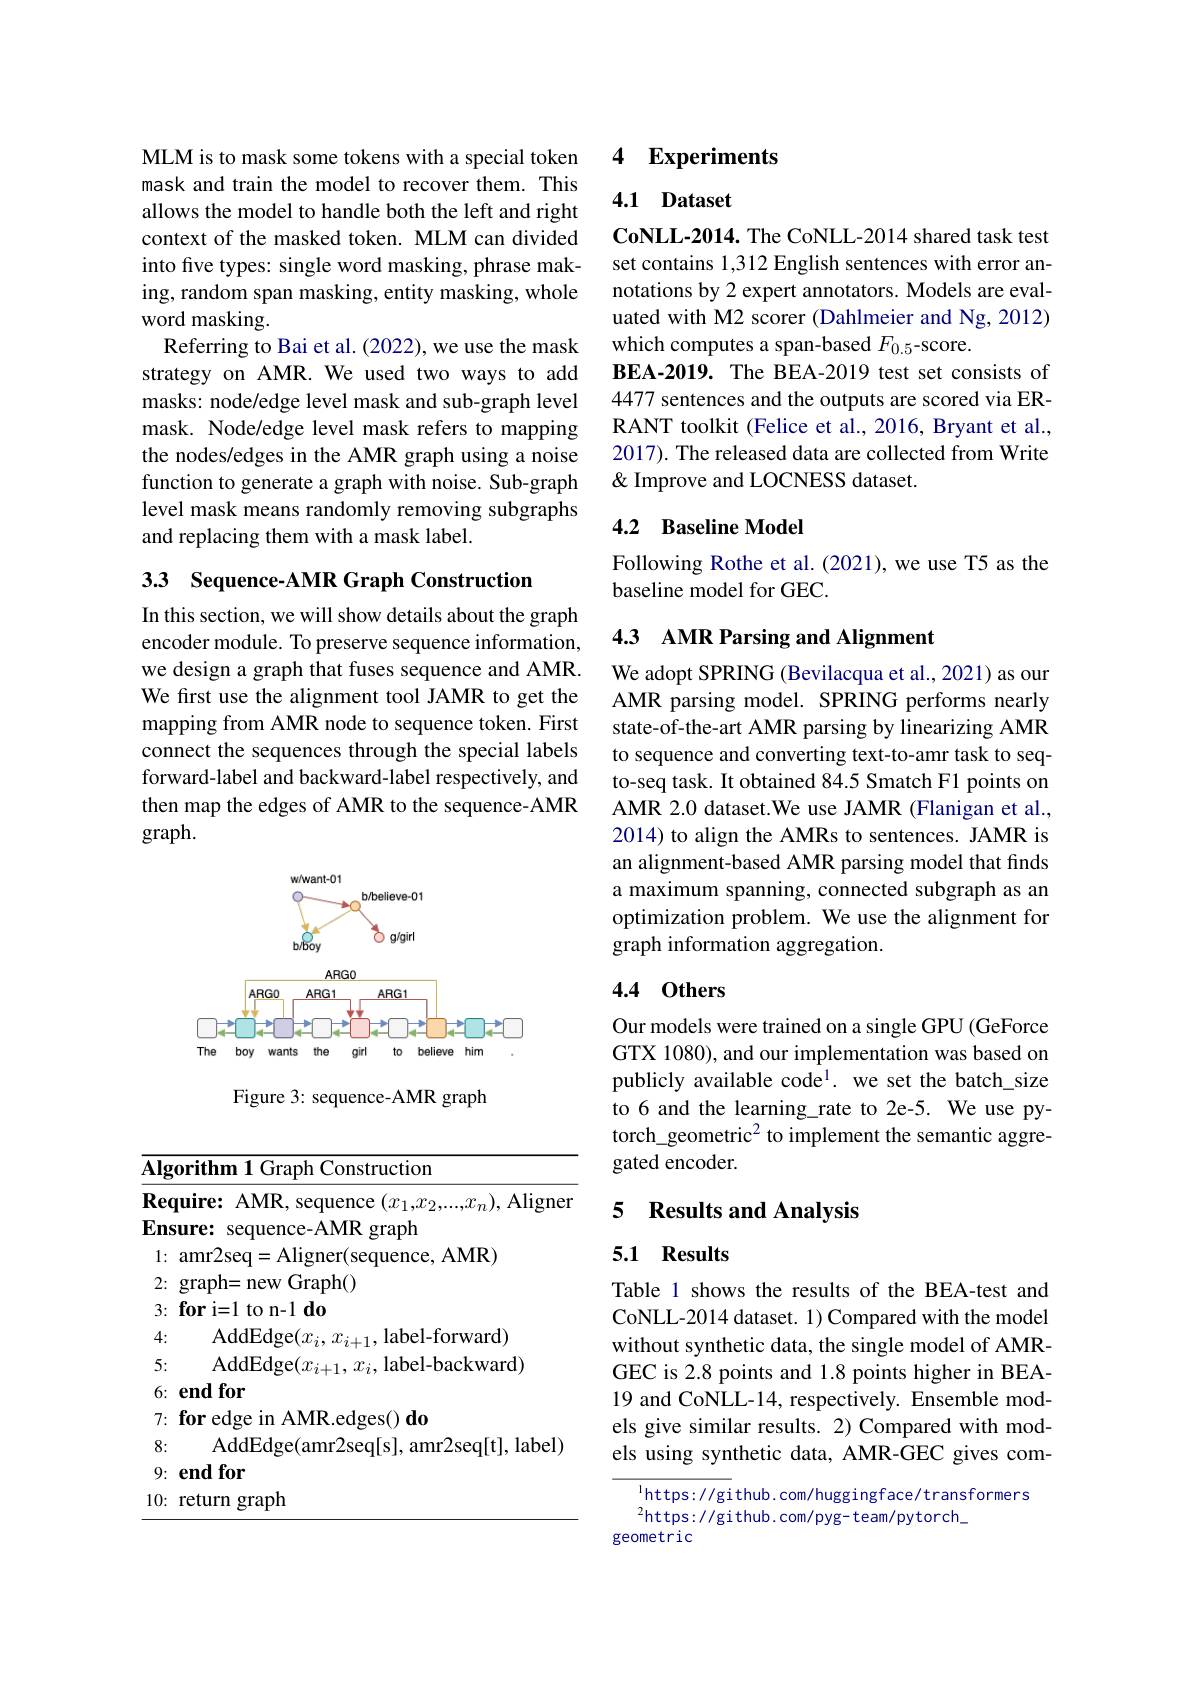
MLM is to mask some tokens with a special token mask and train the model to recover them. This allows the model to handle both the left and right context of the masked token. MLM can divided into five types: single word masking, phrase making, random span masking, entity masking, whole word masking.
Referring to Bai et al. (2022), we use the mask strategy on AMR. We used two ways to add masks: node/edge level mask and sub-graph level mask. Node/edge level mask refers to mapping the nodes/edges in the AMR graph using a noise function to generate a graph with noise. Sub-graph level mask means randomly removing subgraphs and replacing them with a mask label.

33 Sequence-AMR Graph Construction

In this section, we will show details about the graph encoder module. To preserve sequence information, we design a graph that fuses sequence and AMR. We first use the alignment tool JAMR to get the mapping from AMR node to sequence token. First connect the sequences through the special labels forward-label and backward-label respectively, and then map the edges of AMR to the sequence-AMR graph.

<FigureHere>

Figure 3: sequence-AMR graph

<table>
	<tbody>
		<tr>
			<td>$\overline{A}$</td>
			<td>$\textbf{orithm 1 Graph Construction}$</td>
		</tr>
		<tr>
			<td>$R$</td>
			<td>uire: AMR, sequenc 1.1 ,Aligner</td>
		</tr>
		<tr>
			<td>$\mathbf{E}$ $a_{2}=\frac{1}{2}$</td>
			<td>sequence-AMR graph $\mathbf{ure:}$ </td>
		</tr>
		<tr>
			<td> </td>
			<td>amr2seq= Aligner( sequence, AMR) </td>
		</tr>
		<tr>
			<td> </td>
			<td>graph= new Graph( ) </td>
		</tr>
		<tr>
			<td> </td>
			<td>for i=1 to n-1 do</td>
		</tr>
		<tr>
			<td> </td>
			<td>AddEdge$( x_{i}, x_{i+ 1}$,label-forward)</td>
		</tr>
		<tr>
			<td> </td>
			<td>AddEdge$( x_{i+ 1}, x_{i}$,label-backward)</td>
		</tr>
		<tr>
			<td> </td>
			<td>$\mathbf{endfor}$</td>
		</tr>
		<tr>
			<td> </td>
			<td>$\textbf{for edge in AMR. edges( ) do}$</td>
		</tr>
		<tr>
			<td> </td>
			<td>AddEdge(amr2seq[s], amr2seq[t], label)</td>
		</tr>
		<tr>
			<td> </td>
			<td>$\mathbf{endfor}$</td>
		</tr>
		<tr>
			<td>1</td>
			<td>return graph</td>
		</tr>
	</tbody>
</table>

### 4 Experiments

### 4.1 Dataset

CoNLL-2014. The CoNLL-2014 shared task test set contains 1,312 English sentences with error annotations by 2 expert annotators. Models are evaluated with M2 scorer (Dahlmeier and Ng, 2012) which computes a span-based $F_{0.5}$-score.
BEA-2019. The BEA-2019 test set consists of 4477 sentences and the outputs are scored via ERRANT toolkit (Felice et al., 2016, Bryant et al., 2017). The released data are collected from Write & Improve and LOCNESS dataset.

### 4.2 Baseline Model

Following Rothe et al.(2021), we use T5 as the
baseline model for GEC.

## 4.3 AMR Parsing and Alignment

We adopt SPRING (Bevilacqua et al., 2021) as our AMR parsing model. SPRING performs nearly state-of-the-art AMR parsing by linearizing AMR to sequence and converting text-to-amr task to seqto-seq task. It obtained 84.5 Smatch F1 points on AMR 2.0 dataset.We use JAMR (Flanigan et al., 2014) to align the AMRs to sentences. JAMR is an alignment-based AMR parsing model that finds a maximum spanning, connected subgraph as an optimization problem. We use the alignment for graph information aggregation.

## 4.4 Others

Our models were trained on a single GPU (GeForce GTX 1080), and our implementation was based on publicly available code$^{1}.$ we set the batch\_size to 6 and the learning\_rate to 2e-5. We use pytorch\_geometric$^2$ to implement the semantic aggregated encoder.

### 5 Results and Analysis

## 5.1 Results

Table 1 shows the results of the BEA-test and CoNLL-2014 dataset. 1) Compared with the model without synthetic data, the single model of AMRGEC is 2.8 points and 1.8 points higher in BEA- 19 and CoNLL-14, respectively. Ensemble models give similar results. 2) Compared with models using synthetic data, AMR-GEC gives com-

$^{1}$https: //github. com/huggingface/transformers
$^{2}$https://github.com/pyg-team/pytorch\_
geometric